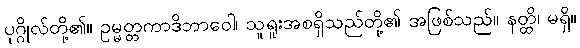
ပုဂ္ဂိုလ်တို့၏။ ဥမ္မတ္တကာဒိဘာဝေါ၊ သူရူးအစရှိသည်တို့၏ အဖြစ်သည်။ နတ္ထိ၊ မရှိ။